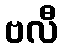
ဗလီ